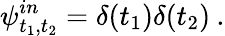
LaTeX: \psi_{t_{1},t_{2}}^{in}=\delta(t_{1})\delta(t_{2})\: .